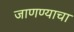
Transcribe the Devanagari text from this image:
जाणण्याचा